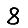
Digit: 8